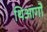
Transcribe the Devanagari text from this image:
थिआगो